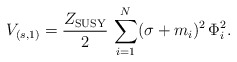
\begin{align*}V_{(s,1)}={Z_{\rm SUSY}\over 2}\, \sum_{i=1}^{N}(\sigma + m_{i})^{2}\, \Phi_{i}^{2}.\end{align*}